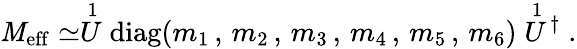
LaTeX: \mathit{M}_{\mathrm{{eff}}}\simeq\stackrel{1}{U}\mathrm{{diag}}(m_{1}\, ,\, m_{2}\, ,\, m_{3}\, ,\, m_{4}\, ,\, m_{5}\, ,\, m_{6})\stackrel{1}{U}\! ^{\dagger}\; .